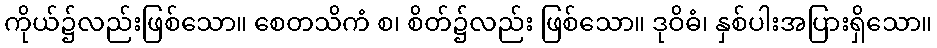
ကိုယ်၌လည်းဖြစ်သော။ စေတသိကံ စ၊ စိတ်၌လည်း ဖြစ်သော။ ဒုဝိဓံ၊ နှစ်ပါးအပြားရှိသော။